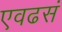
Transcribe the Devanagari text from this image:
एवढसं